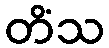
တိံသ